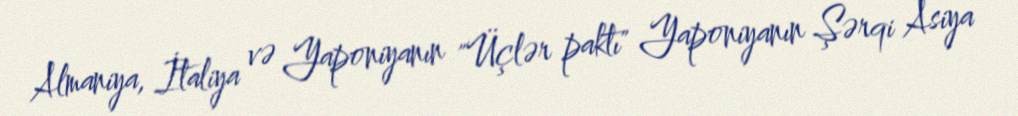
Almaniya, İtaliya və Yaponiyanın "Üçlər paktı" Yaponiyanın Şərqi Asiya